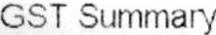
GST SUMMARY